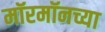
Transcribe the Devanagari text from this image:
मॉरमॉनच्या